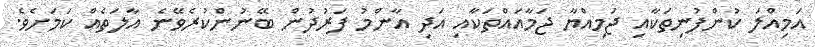
އަމިއްލަ ކުންފުނިތަކާއި ޖަމިއްޔާ ޖަމާއައްތަކާއި އަދި އާންމު ފަރުދުން ބޭނުންކުރެވޭނެ އާލަތެއް ކަމަށެވެ.